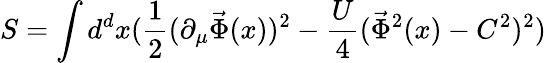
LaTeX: S=\int d^{d}x(\frac{1}{2}(\partial_{\mu}\vec{\Phi}(x))^{2}-\frac{U}{4}(\vec{\Phi}^{2}(x)-C^{2})^{2})